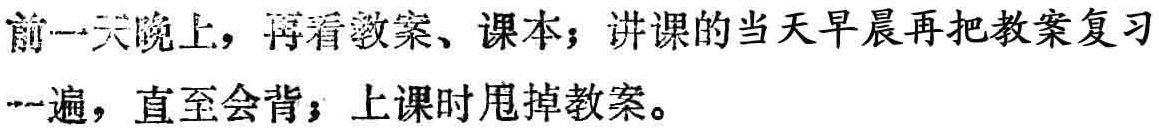
前一天晚上，再看教案、课本；讲课的当天早晨再把教案复习一遍，直至会背；上课时甩掉教案。